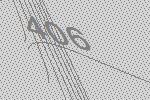
406